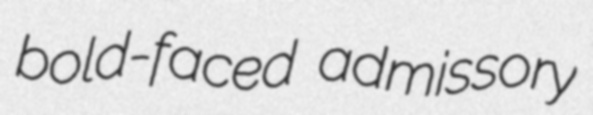
bold-faced admissory